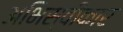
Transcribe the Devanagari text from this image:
अभिस्वीकार